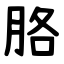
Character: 胳